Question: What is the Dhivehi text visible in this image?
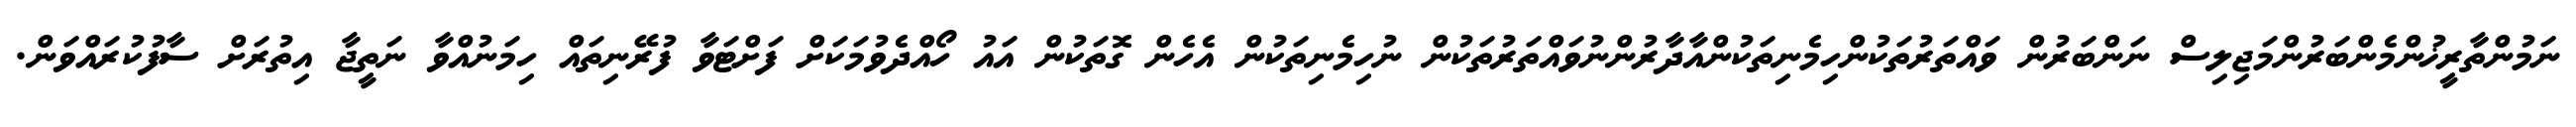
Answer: ނަމުންތާރީޚުންމެންބަރުންމަޖިލިސް ނަންބަރުން ވައްތަރުތަކުންހިމެނިތަކުންއާދާރުންނުވައްތަރުތަކުން ނުހިމެނިތަކުން އެހެން ގޮތަކުން އައު ހޯއްދެވުމަކަށް ފަށްޓަވާ ފުރޭނިތައް ހިމަނުއްވާ ނަތީޖާ އިތުރަށް ސާފުކުރައްވަން.